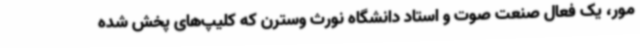
مور، یک فعال صنعت صوت و استاد دانشگاه نورث وسترن که کلیپ‌های پخش شده